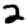
Digit: 2